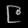
Digit: ၉